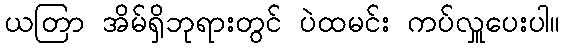
ယတြာ အိမ်ရှိဘုရားတွင် ပဲထမင်း ကပ်လှူပေးပါ။